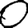
Digit: 0